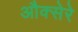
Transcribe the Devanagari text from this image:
औक्सेरे